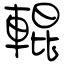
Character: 輥